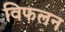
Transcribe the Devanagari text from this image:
विफलन